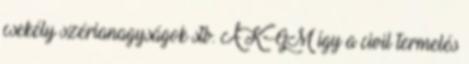
csekély szérianagyságok stb. A KGM így a civil termelés